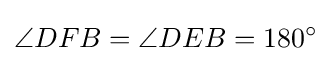
\angle DFB=\angle DEB=180^{\circ }